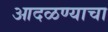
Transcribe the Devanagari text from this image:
आदळण्याचा